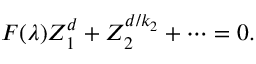
F ( \lambda ) Z _ { 1 } ^ { d } + Z _ { 2 } ^ { d / { k _ { 2 } } } + \cdots = 0 .